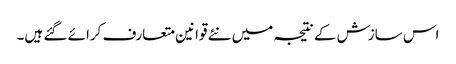
اس سازش کے نتیجہ میں نئے قوانین متعارف کرائے گئے ہیں۔